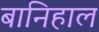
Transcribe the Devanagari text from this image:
बानिहाल